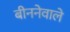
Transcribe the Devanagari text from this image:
बीननेवाले